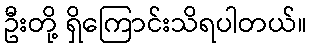
ဦးတို့ ရှိကြောင်းသိရပါတယ်။